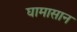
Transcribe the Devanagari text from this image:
घामासान